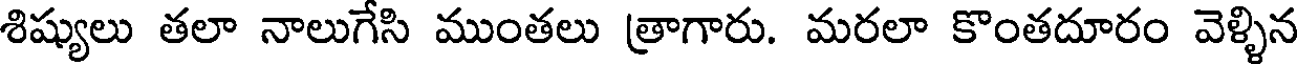
శిష్యులు తలా నాలుగేసి ముంతలు త్రాగారు. మరలా కొంతదూరం వెళ్ళిన